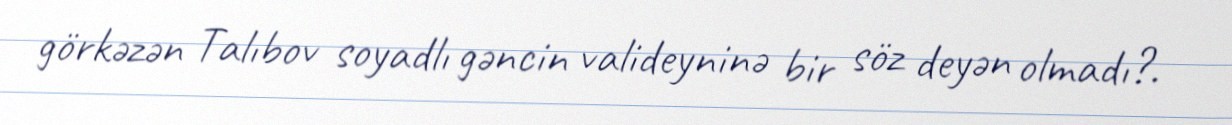
görkəzən Talıbov soyadlı gəncin valideyninə bir söz deyən olmadı?.